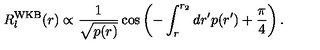
R _ { l } ^ { \mathrm { W K B } } ( r ) \propto \frac { 1 } { \sqrt { p ( r ) } } \cos \left( - \int _ { r } ^ { r _ { 2 } } d r ^ { \prime } p ( r ^ { \prime } ) + \frac { \pi } { 4 } \right) .